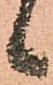
候